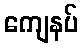
ကျေနပ်